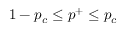
1 - p _ { c } \le p ^ { + } \le p _ { c }